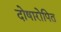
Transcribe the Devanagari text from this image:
दोषारोपित